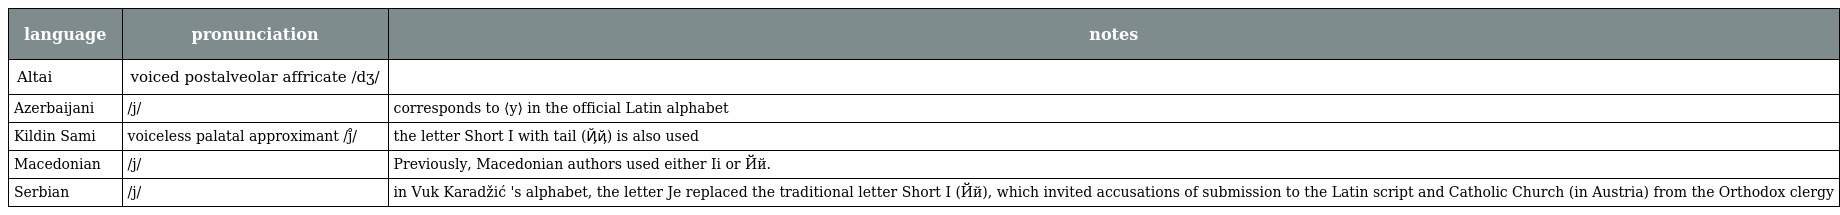
| language | pronunciation | notes |
 | --- | --- | --- |
 | Altai | voiced postalveolar affricate /dʒ/ |  |
 | Azerbaijani | /j/ | corresponds to ⟨y⟩ in the official Latin alphabet |
 | Kildin Sami | voiceless palatal approximant /j̊/ | the letter Short I with tail (Ҋҋ) is also used |
 | Macedonian | /j/ | Previously, Macedonian authors used either Іі or Йй. |
 | Serbian | /j/ | in Vuk Karadžić 's alphabet, the letter Je replaced the traditional letter Short I (Йй), which invited accusations of submission to the Latin script and Catholic Church (in Austria) from the Orthodox clergy |